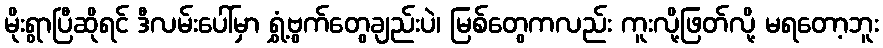
မိုးရွာပြီဆိုရင် ဒီလမ်းပေါ်မှာ ရွှံ့ဗွက်တွေချည်းပဲ၊ မြစ်တွေကလည်း ကူးလို့ဖြတ်လို့ မရတော့ဘူး